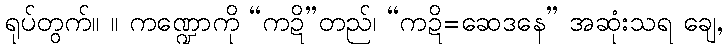
ရုပ်တွက်။ ။ ကဏ္ဍောကို “ကဍိ”တည်၊ “ကဍိ=ဆေဒနေ” အဆုံးသရ ချေ,